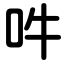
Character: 吽